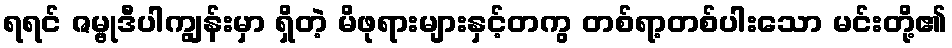
ရရင် ဇမ္ဗုဒီပါကျွန်းမှာ ရှိတဲ့ မိဖုရားများနှင့်တကွ တစ်ရာ့တစ်ပါးသော မင်းတို့၏